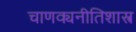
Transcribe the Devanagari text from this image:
चाणक्यनीतिशास्त्र